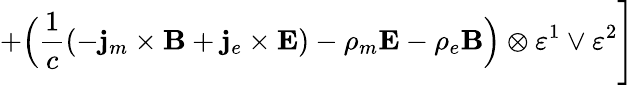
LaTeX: +\Bigl(\frac 1c\left(-{\mathbf j}_{m}\times{\mathbf B}+{\mathbf j}_{e}\times{\mathbf E}\right)-\rho_{m}{\mathbf E}-\rho_{e}{\mathbf B}\Bigr)\otimes\varepsilon^{1}\vee\varepsilon^{2}\Biggr]